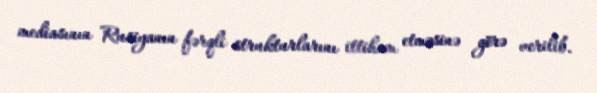
mediasının Rusiyanın fərqli strukturlarını ittiham etməsinə görə verilib.